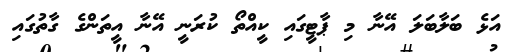
އަޅެ ބަލާބަލަ އޭނާ މި ޕާޓީގައި ކީއްތޯ ކުރަނީ އޭނާ އީތަންގެ ގާތުގައި